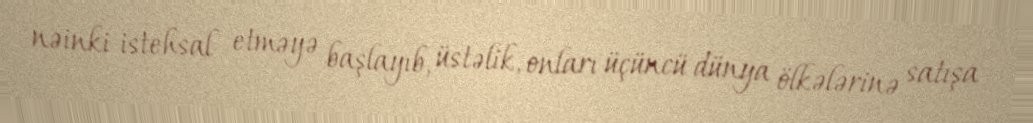
nəinki istehsal etməyə başlayıb, üstəlik, onları üçüncü dünya ölkələrinə satışa